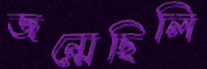
জন্মেছিলি